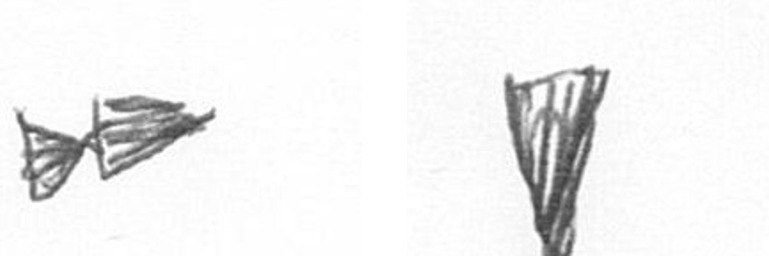
A J